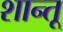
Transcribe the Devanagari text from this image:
शान्तू